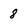
Character: 8